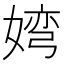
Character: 𮱐